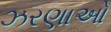
ઝરણાઓ